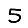
Digit: 5